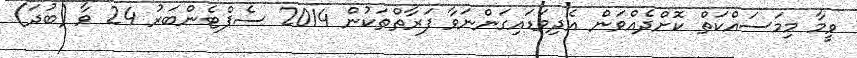
ވީމާ މިމަސައްކަތް ކޮށްދެއްވަން އެދިވަޑައިގަންނަވާ ފަރާތްތަކުން 2014 ސެޕްޓެންބަރު 24 ވާ (ބުދަ)